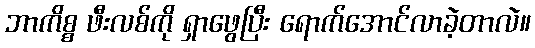
ဘာကိစ္စ ဖီးလစ်ကို ရှာဖွေပြီး ရောက်အောင်လာခဲ့တာလဲ။